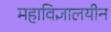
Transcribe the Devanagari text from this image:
महाविज्ञालयीन